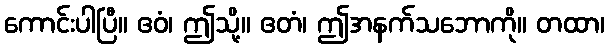
ကောင်းပါပြီ။ ဧဝံ၊ ဤသို့။ ဧတံ၊ ဤအနက်သဘောကို။ တထာ၊